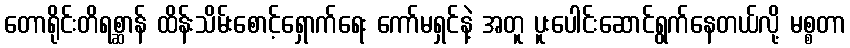
တောရိုင်းတိရစ္ဆာန် ထိန်းသိမ်းစောင့်ရှောက်ရေး ကော်မရှင်နဲ့ အတူ ပူးပေါင်းဆောင်ရွက်နေတယ်လို့ မစ္စတာ